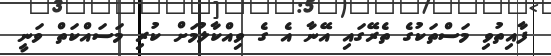
ފާއިތުވި މަސްތަކުގެ ތެރޭގައި އޭނާ އެ ގެ ވިއްކާލުމަށް ކުރި މަސައްކަތް ވަނީ